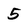
Character: 5